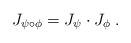
LaTeX: \begin{align*}J_{\psi \circ \phi} = J_\psi \cdot J_\phi\;.\end{align*}